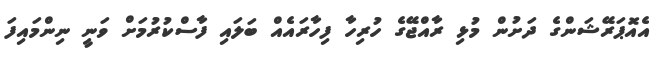
އެއޮޕަރޭޝަންގެ ދަށުން މުޅި ރާއްޖޭގެ ހުރިހާ ފިހާރައެއް ބަލައި ފާސްކުރުމަށް ވަނީ ނިންމައިފަ